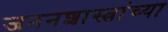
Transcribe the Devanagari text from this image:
जननशास्त्रांच्या